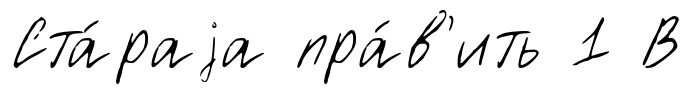
Ста́раjа пра́в'ить 1 В